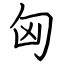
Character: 匈